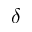
\delta